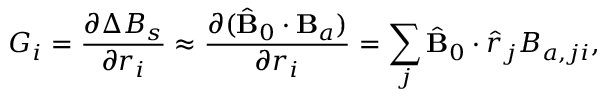
G _ { i } = \frac { \partial \Delta B _ { s } } { \partial r _ { i } } \approx \frac { \partial { ( \hat { \mathbf { B } } _ { 0 } \cdot \mathbf { B } _ { a } ) } } { \partial r _ { i } } = \sum _ { j } \hat { \mathbf { B } } _ { 0 } \cdot \hat { r } _ { j } B _ { a , j i } ,